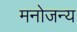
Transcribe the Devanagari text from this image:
मनोजन्य